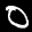
Label: 0